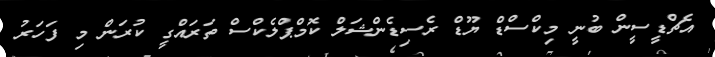
އެޗްޑީސީން ބުނީ މިކްސްޑް ޔޫޑް ރެސިޑެންޝަލް ކޮމްޕްލެކްސް ތަރައްގީ ކުރަން މި ފަހަރު